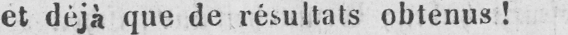
et déjà que de résultats obtenus!